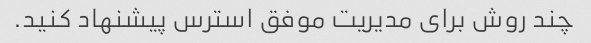
چند روش برای مدیریت موفق استرس پیشنهاد کنید.